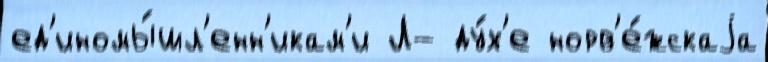
ед'иномы́шл'енн'икам'и Л- ду́х'е норв'е́жскаjа